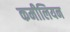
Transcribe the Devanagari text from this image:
कमीलियन